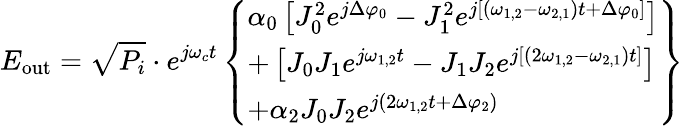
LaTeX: E_{\mathrm{out}}=\sqrt{P_{i}}\cdot e^{j\omega_{c}t}\left\{ \begin{array}{l}{\alpha_{0}\left[J_{0}^{2}e^{j\Delta\varphi_{0}}-J_{1}^{2}e^{j\left[\left(\omega_{1,2}-\omega_{2,1}\right)t+\Delta\varphi_{0}\right]}\right]}\\ {+\left[J_{0}J_{1}e^{j\omega_{1,2}t}-J_{1}J_{2}e^{j\left[\left(2\omega_{1,2}-\omega_{2,1}\right)t\right]}\right]}\\ {+\alpha_{2}J_{0}J_{2}e^{j\left(2\omega_{1,2}t+\Delta\varphi_{2}\right)}}\end{array}\right\}